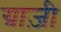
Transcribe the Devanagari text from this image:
ग्राज़ी